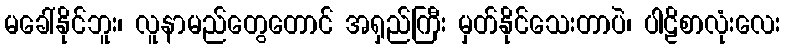
မခေါ်နိုင်ဘူး၊ လူနာမည်တွေတောင် အရှည်ကြီး မှတ်နိုင်သေးတာပဲ၊ ပါဠိစာလုံးလေး